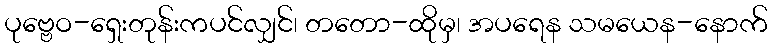
ပုဗ္ဗေဝ-ရှေးတုန်းကပင်လျှင်၊ တတော-ထိုမှ၊ အပရေန သမယေန-နောက်